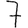
Digit: 7